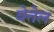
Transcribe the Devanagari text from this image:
बेतेल